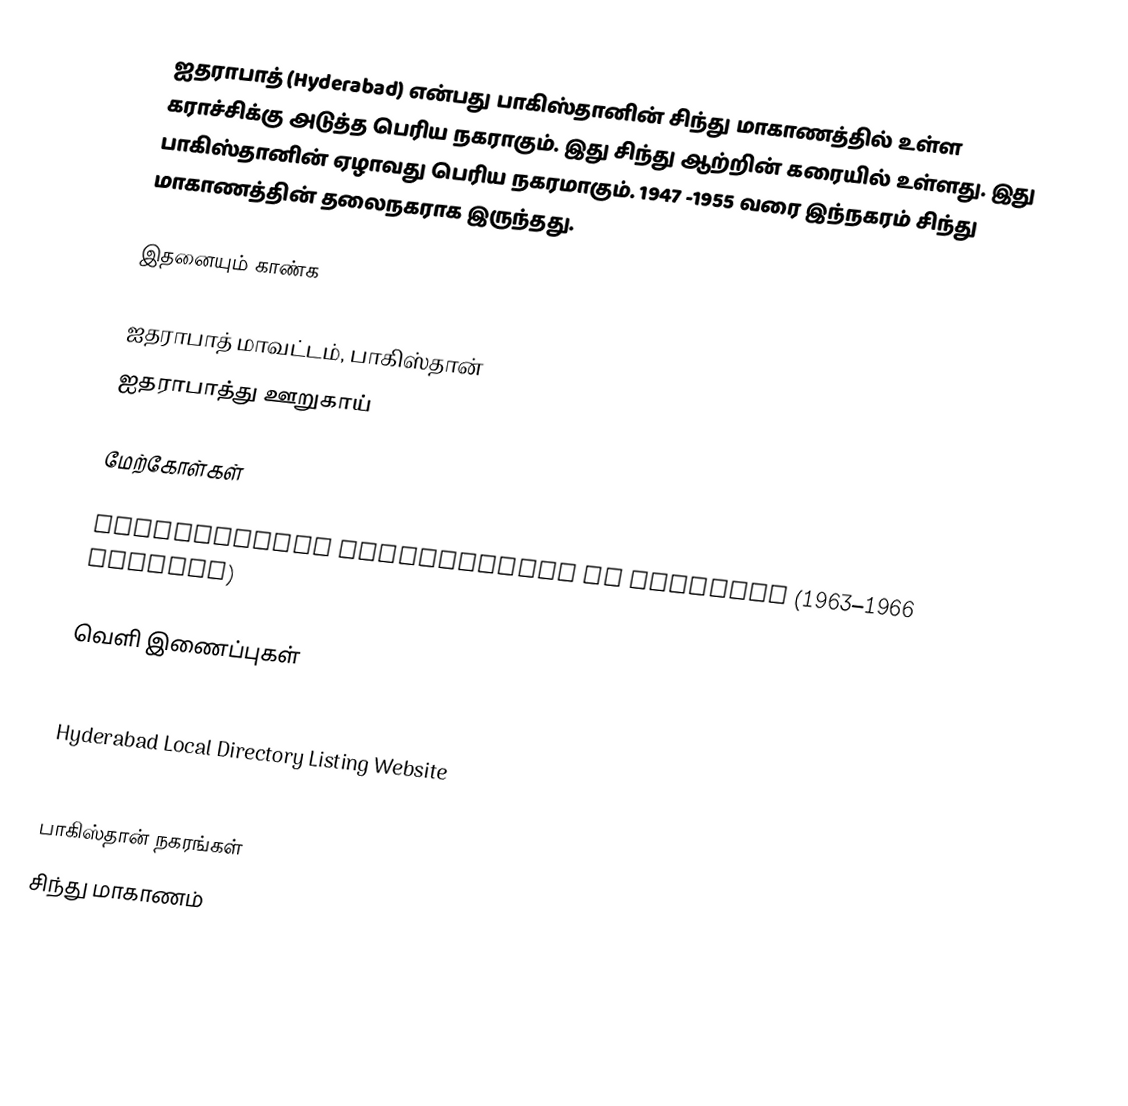
ஐதராபாத் (Hyderabad) என்பது பாகிஸ்தானின் சிந்து மாகாணத்தில் உள்ள கராச்சிக்கு அடுத்த பெரிய நகராகும். இது சிந்து ஆற்றின் கரையில் உள்ளது. இது பாகிஸ்தானின் ஏழாவது பெரிய நகரமாகும். 1947 -1955 வரை இந்நகரம் சிந்து மாகாணத்தின் தலைநகராக இருந்தது.

இதனையும் காண்க

 ஐதராபாத் மாவட்டம், பாகிஸ்தான்
 ஐதராபாத்து ஊறுகாய்

மேற்கோள்கள்

Biographical Encyclopedia of Pakistan (1963–1966 edition)

வெளி இணைப்புகள்

 Hyderabad Local Directory Listing Website
 Top 10 Famous Tourist Attractions of Hyderabad

பாகிஸ்தான் நகரங்கள்
சிந்து மாகாணம்